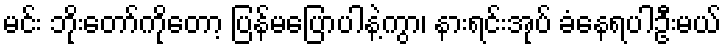
မင်း ဘိုးတော်ကိုတော့ ပြန်မပြောပါနဲ့ကွာ၊ နားရင်းအုပ် ခံနေရပါဦးမယ်